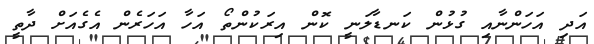
އަދި އަހަންނާއި ގުޅުން ކަނޑާލަނީ ކޮން އިރަކުންތޯ އަހާ އަހަރެން އެގެއަށް ދާތީ